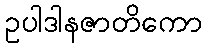
ဥပါဒါနဇာတိကော